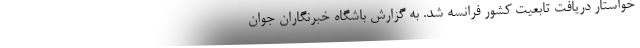
خواستار دریافت تابعیت کشور فرانسه شد. به گزارش باشگاه خبرنگاران جوان